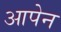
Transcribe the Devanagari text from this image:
आपेन